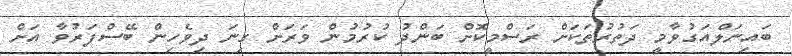
ބައިނަލްއަގުވާމީ ދަތުރުތަކަށް ރަސްމީކޮށް ބަންދު ކުރުމުން ވަރަށް ގިނަ ދިވެހިން ބޭސްފަރުވާ އަށް